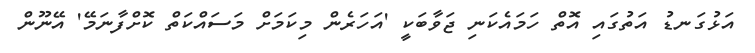
އަޅުގަނޑު އަތުގައި އޮތް ހަމައެކަނި ޖަވާބަކީ 'އަހަރެން މިކަމަށް މަސައްކަތް ކޮށްފާނަމޭ' އޭނޫން